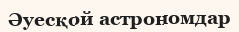
Әуесқой астрономдар